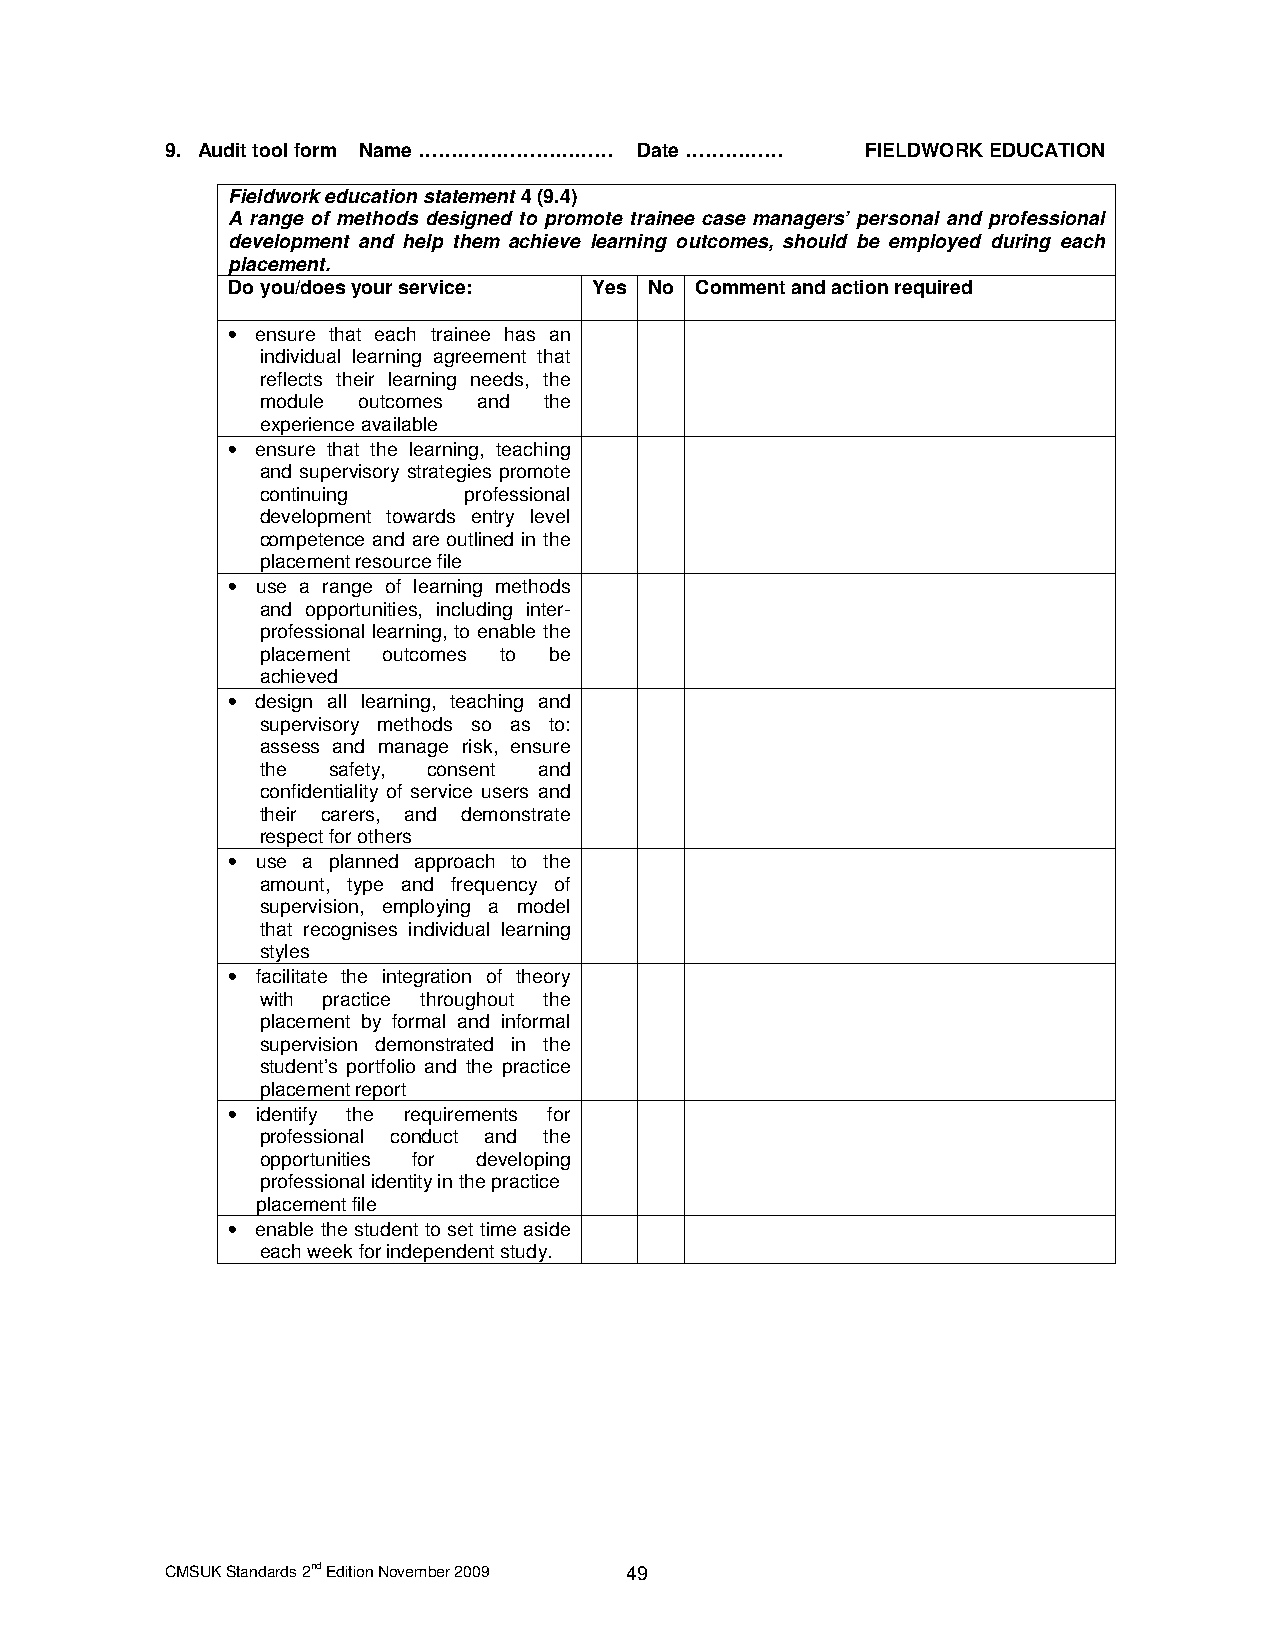
9. Audit tool form Name ………………………… Date …………… FIELDWORK EDUCATION
 Fieldwork education statement 4 (9.4)
 A range of methods designed to promote trainee case managers’ personal and professional
 development and help them achieve learning outcomes, should be employed during each
 placement.
 Do you/does your service: Yes No Comment and action required
 • ensure that each trainee has an
 individual learning agreement that
 reflects their learning needs, the
 module outcomes and the
 experience available
 • ensure that the learning, teaching
 and supervisory strategies promote
 continuing    professional
 development towards entry level
 competence and are outlined in the
 placement resource file
 • use a range of learning methods
 and opportunities, including inter-
 professional learning, to enable the
 placement outcomes to be
 achieved
 • design all learning, teaching and
 supervisory methods so as to:
 assess and manage risk, ensure
 the  safety, consent and
 confidentiality of service users and
 their carers, and demonstrate
 respect for others
 • use a planned approach to the
 amount, type and frequency of
 supervision, employing a model
 that recognises individual learning
 styles
 • facilitate the integration of theory
 with practice throughout the
 placement by formal and informal
 supervision demonstrated in the
 student’s portfolio and the practice
 placement report
 • identify the requirements for
 professional conduct and the
 opportunities for developing
 professional identity in the practice
 placement file
 • enable the student to set time aside
 each week for independent study.
 CMSUK Standards 2nd Edition November 2009 49